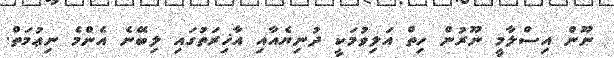
ނޫން އިސްލާމީ ނޫރުން ހިތް އަލިވުމަކީ ދުނިޔެއާއި އާޚިރަތުގައި ލިބޭނެ އެންމެ ނިޢުމަތް.